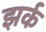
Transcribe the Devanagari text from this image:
झर्क